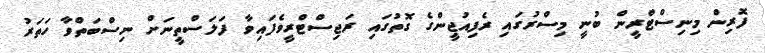
ފޮރިން މިނިސްޓްރީން ބުނީ މިސްރުގައި ރެފިއުޖީންގެ ގޮތުގައި ރަޖިސްޓްރީވެފައިވާ ފަލަސްތީނަށް ނިސްބަތްވާ ހަތަރު